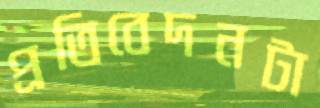
প্রতিবেদনটা